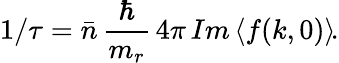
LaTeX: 1/\tau=\bar{n}\, \frac{\hbar}{m_{r}}\, 4\pi\, Im\left\langle f(k,0)\right\rangle\! .